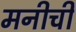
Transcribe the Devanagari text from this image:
मनीची